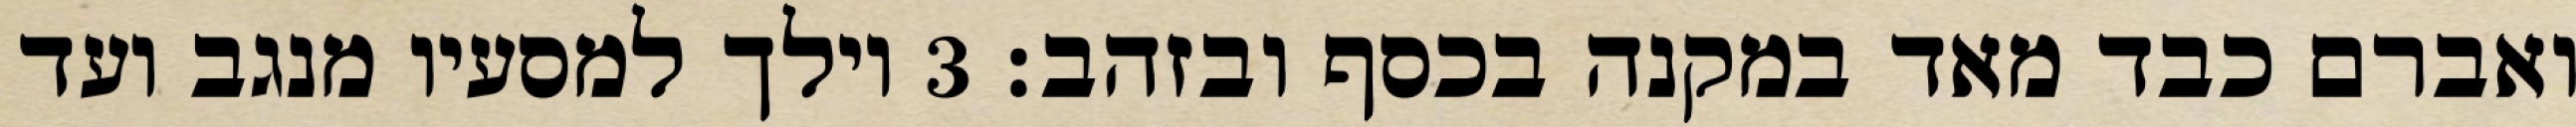
ואברם כבד מאד במקנה בכסף ובזהב׃ ‎3‏ וילך למסעיו מנגב ועד